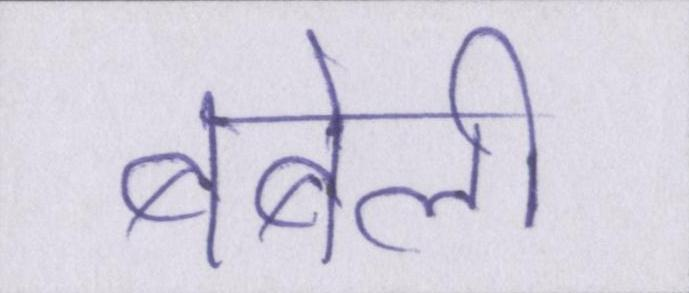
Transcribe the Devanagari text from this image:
बबेली